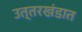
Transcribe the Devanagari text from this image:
उत्तरखंडात